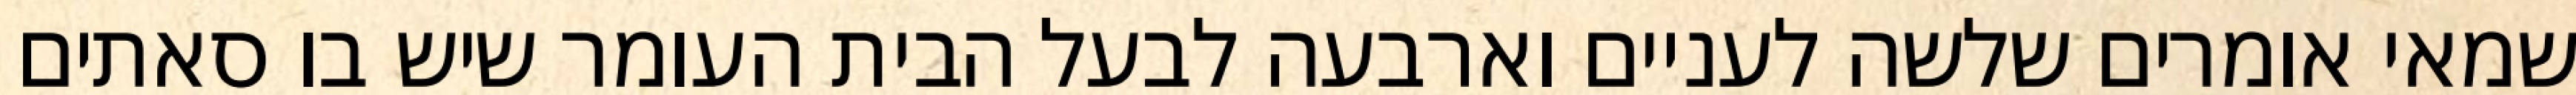
שמאי אומרים שלשה לעניים וארבעה לבעל הבית העומר שיש בו סאתים